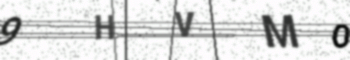
Text: 9HVMO